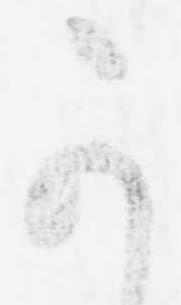
可